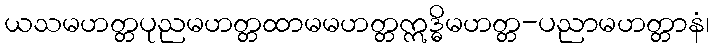
ယသမဟတ္တပုညမဟတ္တထာမမဟတ္တဣဒ္ဓိမဟတ္တ-ပညာမဟတ္တာနံ၊